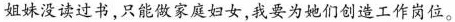
姐妹没读过书，只能做家庭妇女，我要为她们创造工作岗位。